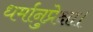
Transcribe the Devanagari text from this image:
धर्मानुप्रेक्षा।